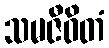
သမဇီဝိတံ